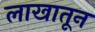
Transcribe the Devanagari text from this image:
लाखातून